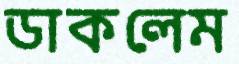
ডাকলেম